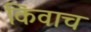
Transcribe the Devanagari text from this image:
किंवाच